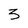
Character: 5